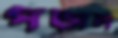
পড়াল